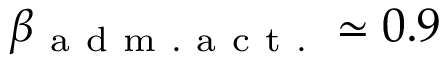
\beta _ { \mathrm { ~ a ~ d ~ m ~ . ~ a ~ c ~ t ~ . ~ } } \simeq 0 . 9